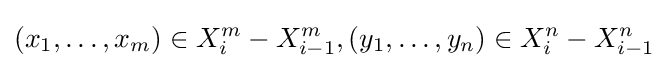
(x_{1},\ldots ,x_{m})\in X_{i}^{m}-X_{i-1}^{m},(y_{1},\ldots ,y_{n})\in X_{i}^{n}-X_{i-1}^{n}